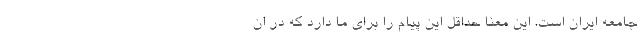
جامعه ایران است. این معنا حداقل این پیام را برای ما دارد که در ان